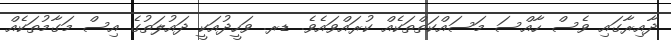
ދާއިރާގައި ވެސް ހާއްސަ މަސައްކަތްތަކެއް ކުރައްވައެވެ. ޑރ. ވަހީދުއަކީ ދައުލަތުގެ އިސް މަގާމުތަކެއް